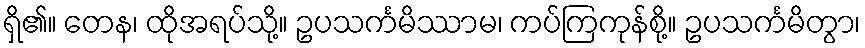
ရှိ၏။ တေန၊ ထိုအရပ်သို့။ ဥပသင်္ကမိဿာမ၊ ကပ်ကြကုန်စို့။ ဥပသင်္ကမိတွာ၊